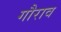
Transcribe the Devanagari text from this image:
गौराव